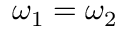
\omega _ { 1 } = \omega _ { 2 }